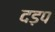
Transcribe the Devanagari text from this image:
दड़प